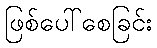
ဖြစ်ပေါ်စေခြင်း